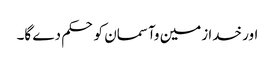
اور خدا زمین وآسمان کو حکم دے گا۔